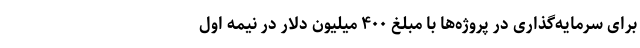
برای سرمایه‌گذاری در پروژه‌ها با مبلغ ۴۰۰ میلیون دلار در نیمه اول